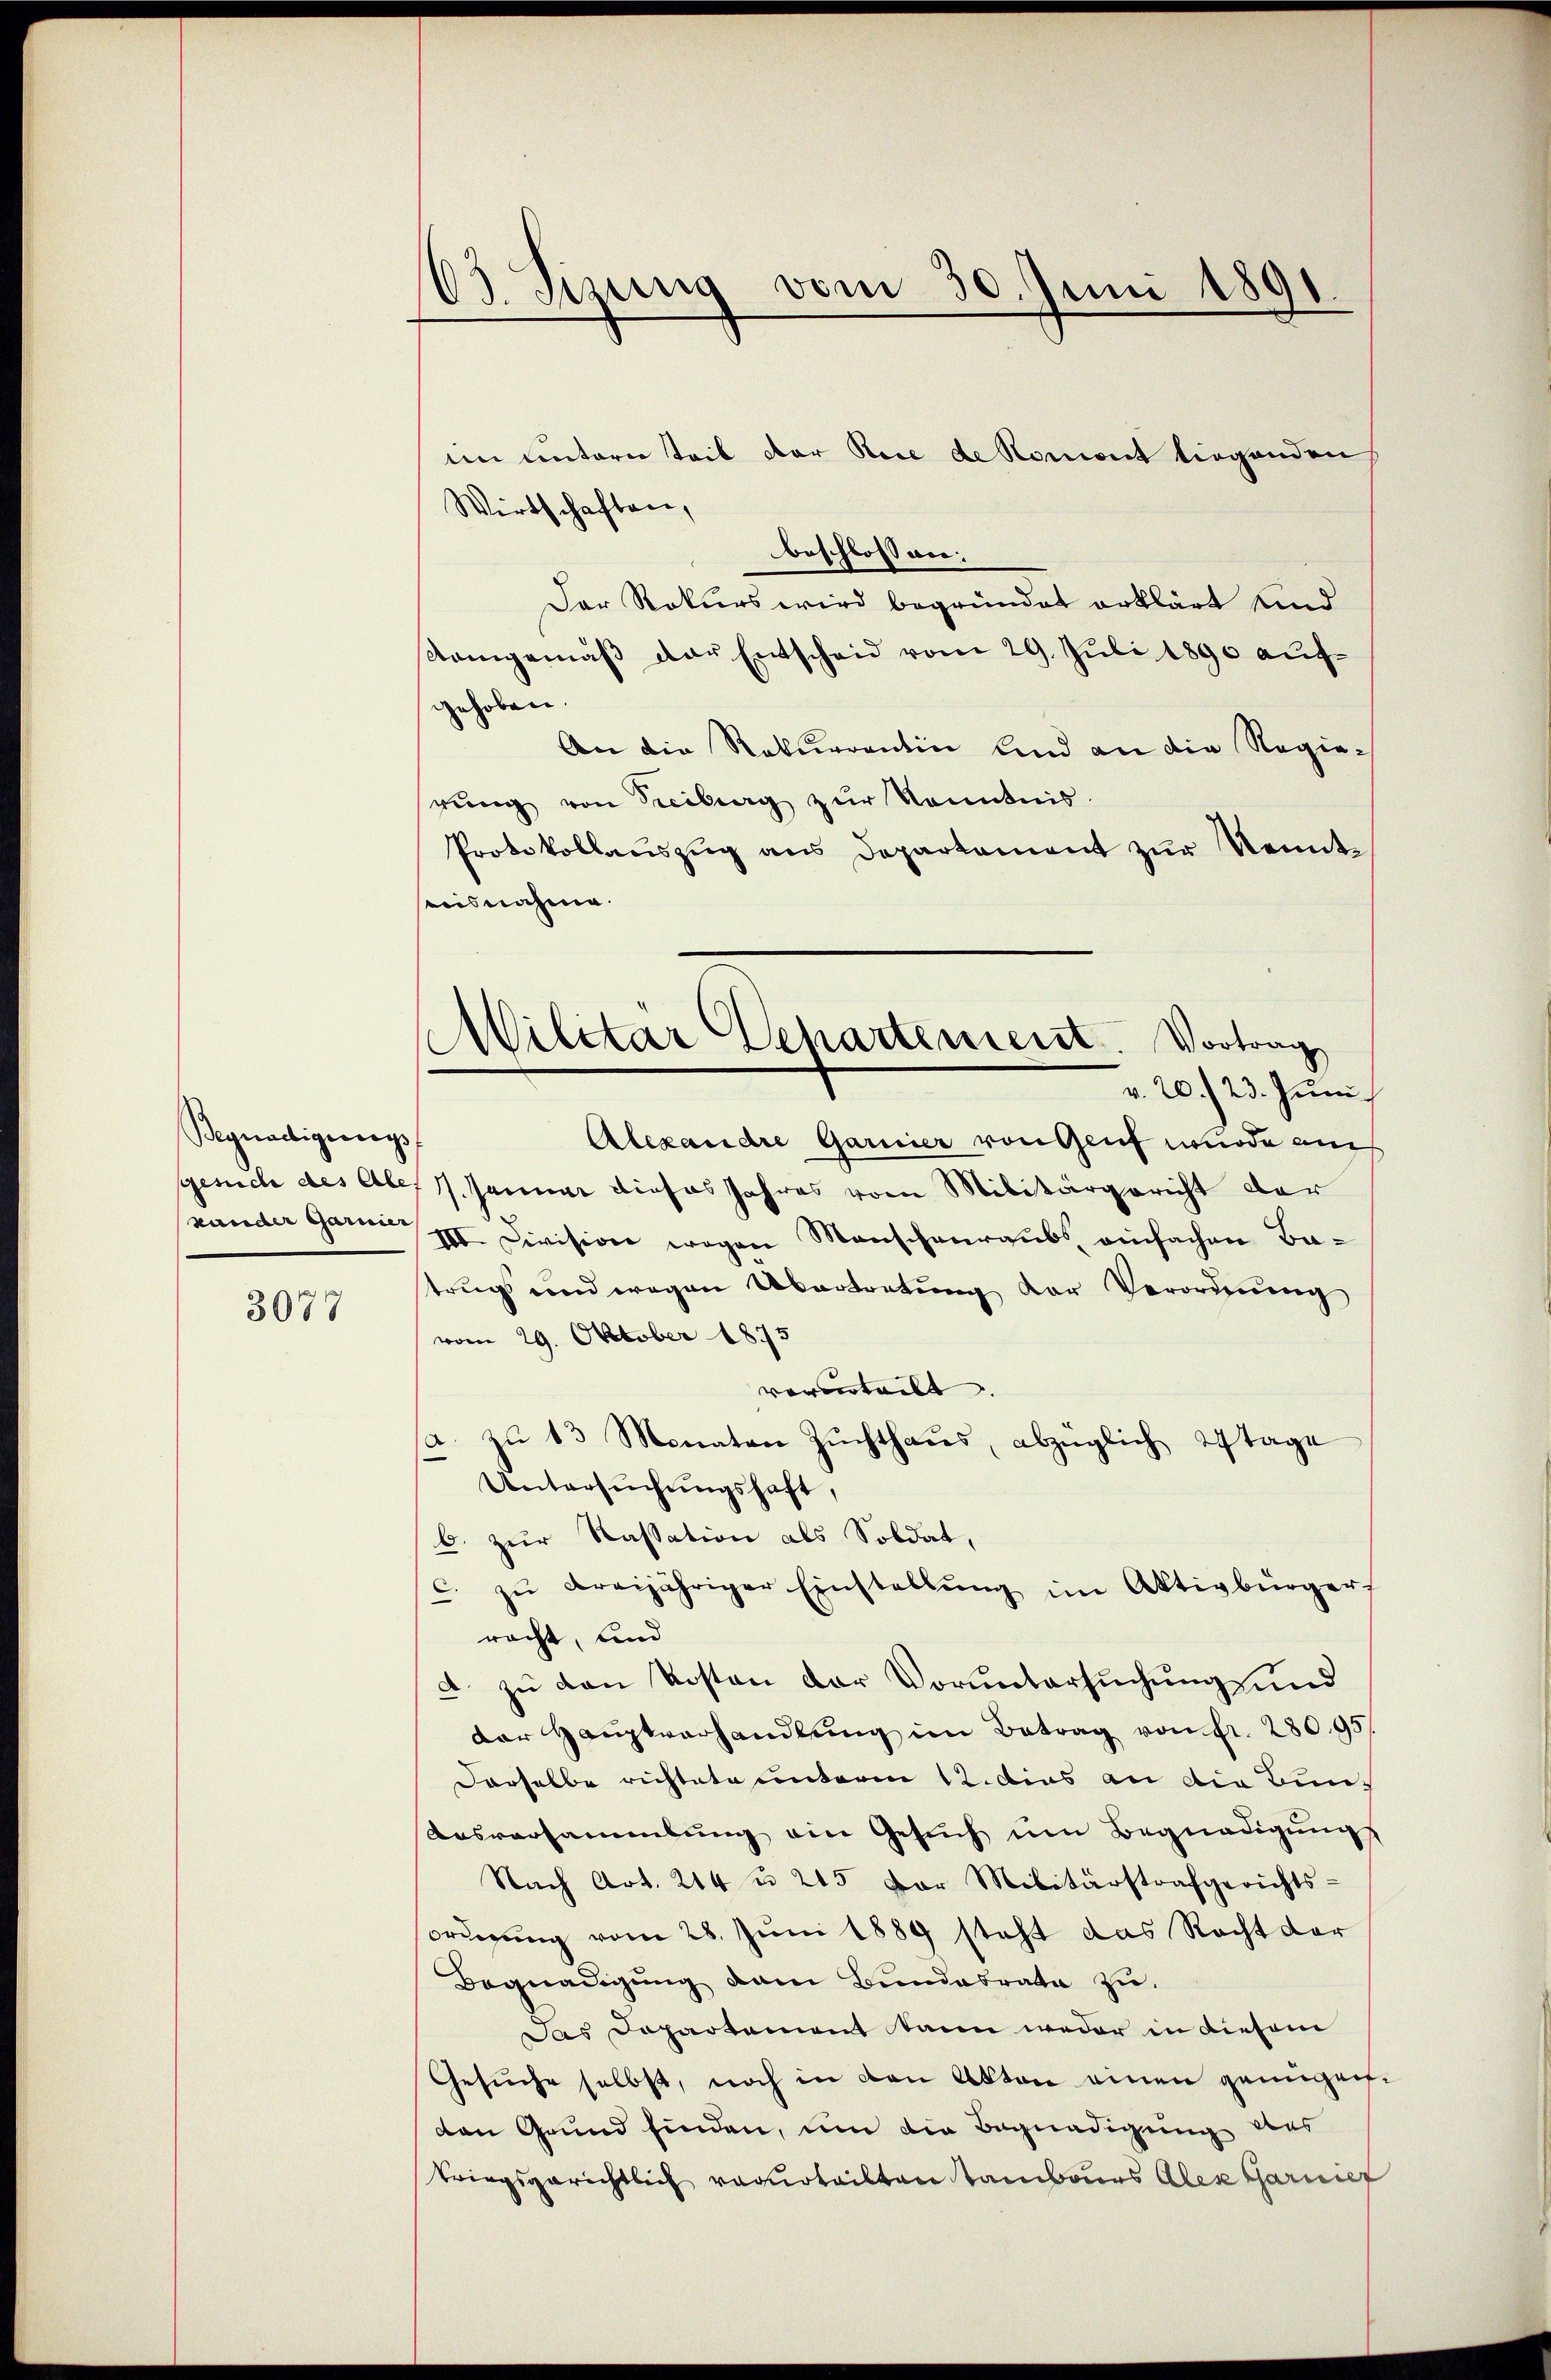
Begnadigungs

3077

63. Sizung vom 30. Juni 1891.

im untern teil der Rice de Roment tiegenden
Wirtschaften,
beschlossen:
Der Rekurs wird begründet erklärt und
Kamgemäß der Entscheid vom 29. Juli 1890 aufgehoben.
An die Rekurrentin und an die Regierung von Treiburg zur Kenntnis.
Protokollaŭszŭg ans Departament zŭr Nenntbisnahme.
Alexandre Garnier von Genf wurde auch
gesuch des Ale, 17. Januar dieses Jahres vom Militärgericht der
seander Gang III Division wegen Menschenraubs einfachen Batrug und wegen Übertretung der Verordnung
vom 29. Oktober 1875
vororteilt. |
A
zŭ 13 Monaten Zŭchthaŭs, abzüglich 2 tage
Untersuchungshaft,
6. zur Kassation als Soldat,
c. zŭ dreijähriger Einstellŭng im Aktivbürger,
racht, und
a. zu den Kosten der Voruntersuchung und
der Hauptverhandlŭng im Betrag von Fr. 280. 95
Derselbe richtete unterm 12. dies an die Bun¬
Ausversammlung ein Gesuch um Begnadigungs
Nach Art. 214 u. 245 der Militärstrafgerichts-
orugung vom 28. Juni 1889 steht das Recht der
Begnadigŭng am Bŭndesrate zu.
Das Departement kann weder in diesem
Gesuche selbst, noch in den Akten einen genügenden Grund finden, um die Begnadigung des
kriegsgerichtlich verurteilten Tambours Alex Garnief

Militär Separtement. Vortrag
v. 20. 23. Juni